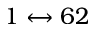
1 \leftrightarrow 6 2